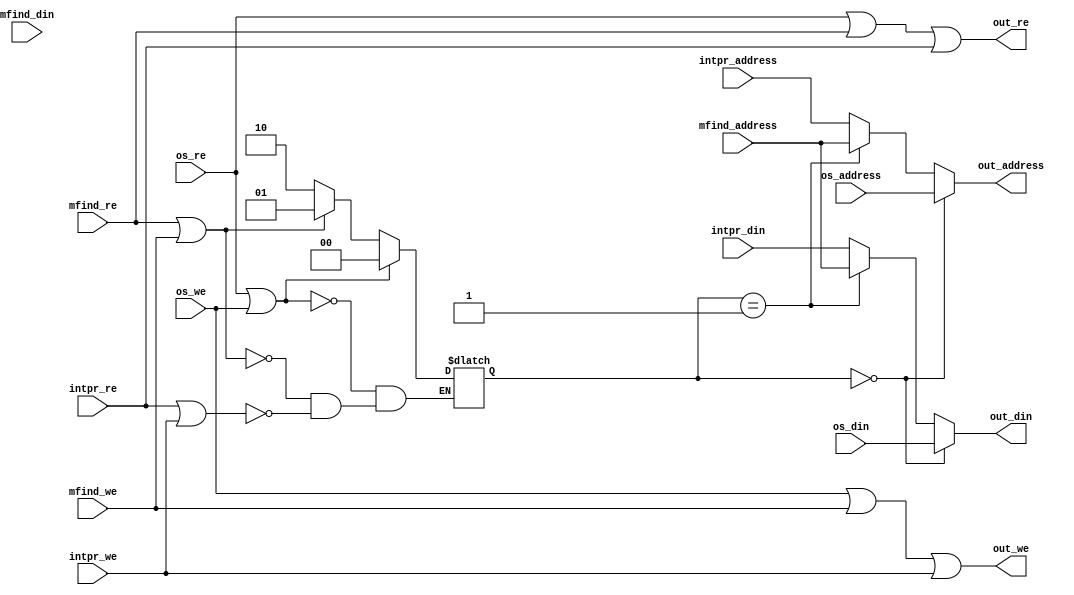
module mem_arbiter(
	output wire[31:0] out_address,
	output wire[31:0] out_din,
	output wire out_re,
	output wire out_we,
	
	input wire[31:0] os_address,
	input wire[31:0] os_din,
	input wire os_re,
	input wire os_we,
	
	input wire[31:0] mfind_address,
	input wire[31:0] mfind_din,
	input wire mfind_re,
	input wire mfind_we,
	
	input wire[31:0] intpr_address,
	input wire[31:0] intpr_din,
	input wire intpr_re,
	input wire intpr_we
);

// Can't OR together the buses, must select

reg[1:0] selection = 0;

always @ (os_re, os_we, mfind_re, mfind_we, intpr_re, intpr_we) begin
	if(os_re || os_we) begin
		selection <= 2'd0;
	end else if(mfind_re || mfind_we) begin
		selection <= 2'd1;
	end else if(intpr_re || intpr_we) begin
		selection <= 2'd2;
	end
end

assign out_address =
	(selection == 0) ? os_address :
	(selection == 1) ? mfind_address :
	intpr_address;
	
assign out_din =
	(selection == 0) ? os_din :
	(selection == 1) ? mfind_address : 
	intpr_din;

assign out_we = os_we || mfind_we || intpr_we;
assign out_re = os_re || mfind_re || intpr_re;

endmodule